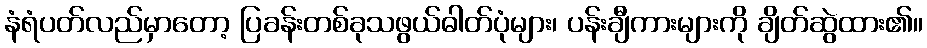
နံရံပတ်လည်မှာတော့ ပြခန်းတစ်ခုသဖွယ်ဓါတ်ပုံများ၊ ပန်းချီကားများကို ချိတ်ဆွဲထား၏။